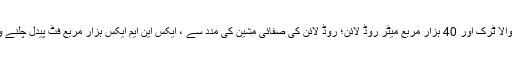
منصوبے کے دائرہ کار میں ، سال کے آخر تک 2019 روڈ لائن کی صفائی کرنے والا ٹرک اور 40 ہزار مربع میٹر روڈ لائن؛ روڈ لائن کی صفائی مشین کی مدد سے ، ایکس این ایم ایکس ہزار مربع فٹ پیدل چلنے والوں کو عبور کرنا ، سائیکل لینوں اور بس اسٹاپ کے نشانات صاف کیے جائیں گے۔